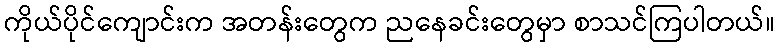
ကိုယ်ပိုင်ကျောင်းက အတန်းတွေက ညနေခင်းတွေမှာ စာသင်ကြပါတယ်။